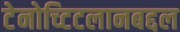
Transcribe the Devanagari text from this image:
टेनोच्टिटलानबद्दल